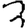
Digit: 3